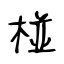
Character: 椪